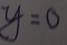
y = 0